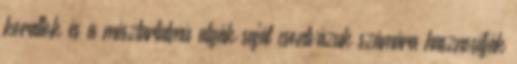
korallok és a mésztartalmú algák saját csontvázuk számára hasznosítják